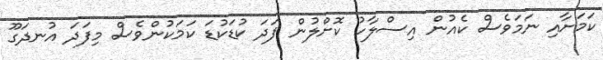
ކަމަށާއި ނަމަވެސް ކެއުން އިސްލާހު ކޮށްލުން ފަދަ ކުޑަކުޑަ ކަމަކުންވެސް މިފަދަ އުނދަގޫ